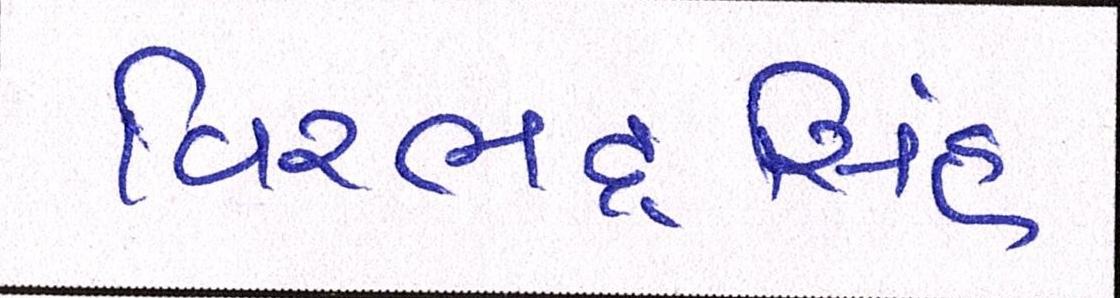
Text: વિરભદ્રસિંહ